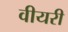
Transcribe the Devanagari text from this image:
वीयरी